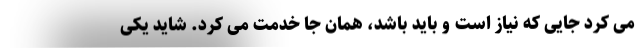
می کرد جایی که نیاز است و باید باشد، همان جا خدمت می کرد. شاید یکی